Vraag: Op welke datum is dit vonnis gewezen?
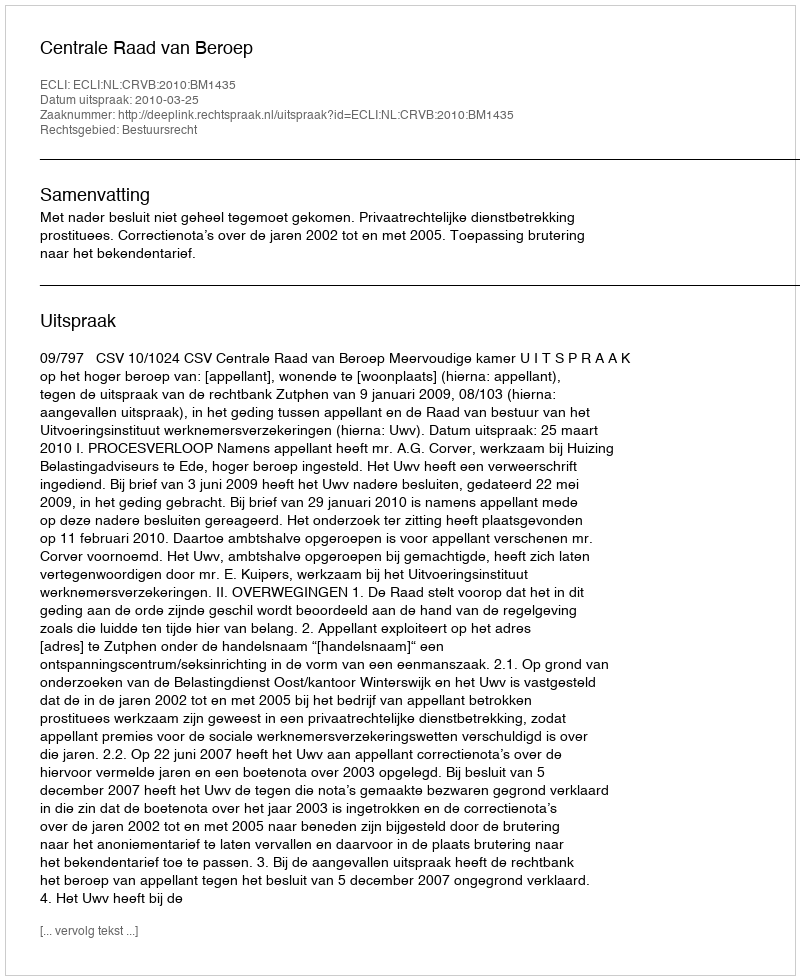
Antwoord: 2010-03-25